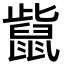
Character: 𪕊